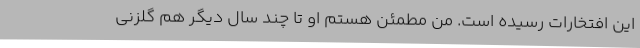
این افتخارات رسیده است. من مطمئن هستم او تا چند سال دیگر هم گلزنی